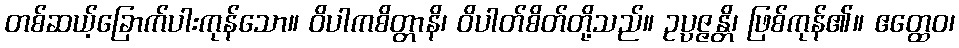
တစ်ဆယ့်ခြောက်ပါးကုန်သော။ ဝိပါကစိတ္တာနိ၊ ဝိပါတ်စိတ်တို့သည်။ ဥပ္ပဇ္ဇန္တိ၊ ဖြစ်ကုန်၏။ ဧတ္ထေဝ၊